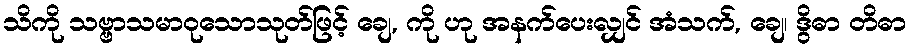
သိကို သဗ္ဗာသမာဝုသောသုတ်ဖြင့် ချေ, ကို ဟု အနက်ပေးလျှင် အံသက်, ချေ၊ ဒွိဓာ တိဓာ